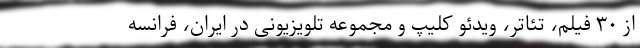
از ۳۰ فیلم، تئاتر، ویدئو کلیپ و مجموعه تلویزیونی در ایران، فرانسه